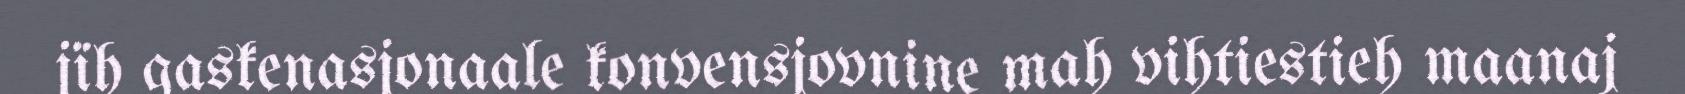
jïh gaskenasjonaale konvensjovnine mah vihtiestieh maanaj